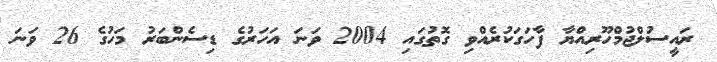
ރައީސުލްޖުމްހޫރިއްޔާ ފާހަގަކުރެއްވި ގޮތުގައި 2004 ވަނަ އަހަރުގެ ޑިސެންބަރު މަހުގެ 26 ވަނަ